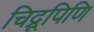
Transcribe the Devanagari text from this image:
चिद्रूपिणि